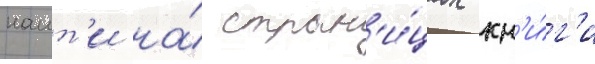
наит'и на́ стран'и́цах кн'и́г'и